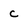
Character: c